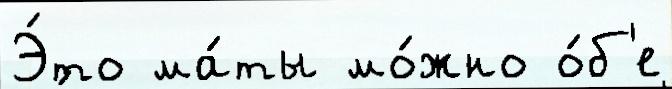
Э́то ма́ты мо́жно о́б'е